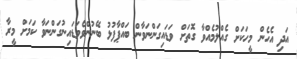
އަދި އެހެން މީހަކަށް ގެއްލުމެއްވާ ގޮތަށް ވަޑައިގަންނަވާން ބައްޕާފުޅު ބޭނުންވެވަޑައިނުގަންނަވާ ކަމަށް މީރާ